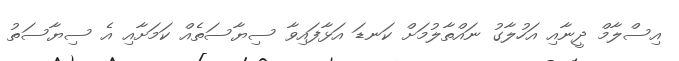
އިސްލާމް ދީނާއި އަހުލާގު ނައްތާލުމަށް ކަނޑަ އަޅާފައިވާ ސިޔާސަތެއް ކަމަށާއި އެ ސިޔާސަތު